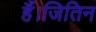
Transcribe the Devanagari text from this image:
हैं।जितिन